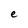
Character: e